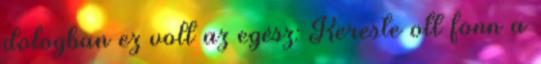
dologban ez volt az egész: Kereste ott fönn a